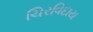
ચિરવિદાય